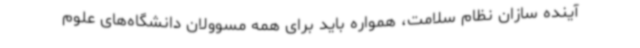
آینده سازان نظام سلامت، همواره باید برای همه مسوولان دانشگاه‌های علوم